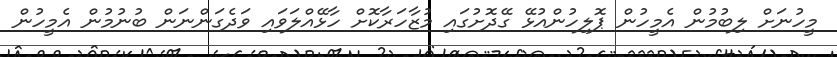
މީހުނަށް ލިބުމުން އެމީހުން ޕޮލިހުންއުޅޭ ގޭދޮށުގައި މުޒާހަރާކޮށް ހާޅޭއްލަވައި ވަދެގަންނަން ބުނުމުން އެމީހުން